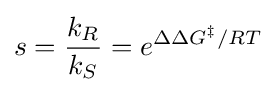
s={\frac {k_{R}}{k_{S}}}=e^{\Delta \Delta G^{\ddagger }/RT}